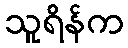
သူရိန်က